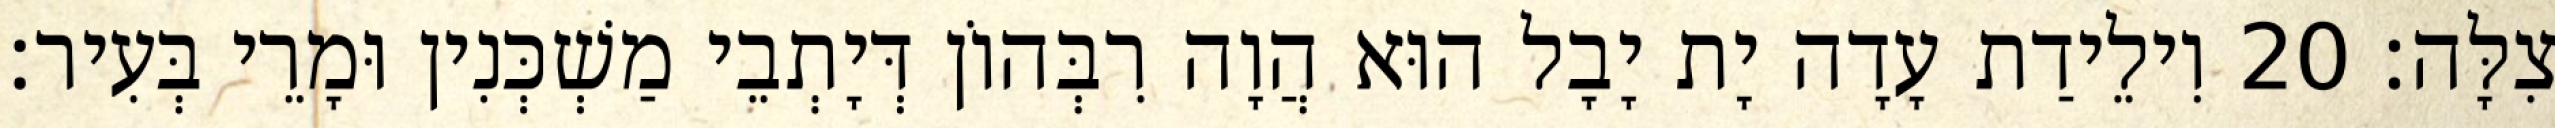
צִלָּה׃ 20 וִילֵידַת עָדָה יָת יָבָל הוּא הֲוָה רִבְּהוֹן דְּיָתְבֵי מַשְׁכְּנִין וּמָרֵי בְּעִיר׃